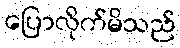
ပြောလိုက်မိသည်